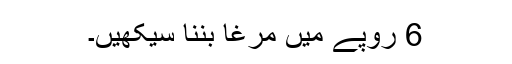
6 روپے میں مرغا بننا سیکھیں۔